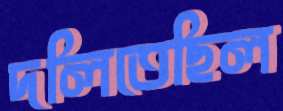
দলিতেছিল